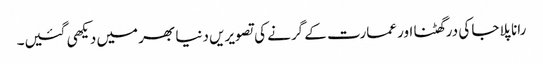
رانا پلاجا کی درگھٹنا اور عمارت کے گرنے کی تصویریں دنیا بھر میں دیکھی گئیں۔